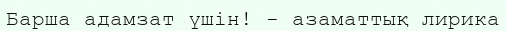
Барша адамзат үшін! - азаматтық лирика